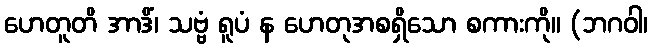
ဟေတူတိ အာဒိံ၊ သဗ္ဗံ ရူပံ န ဟေတုအစရှိသော စကားကို။ (ဘဂဝါ၊